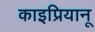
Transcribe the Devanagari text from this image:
काइप्रियानू